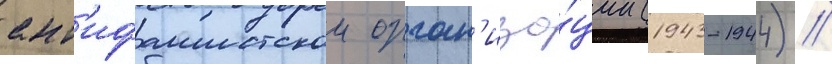
ант'ифашистскои орган'иза́ции (1943-1944) //